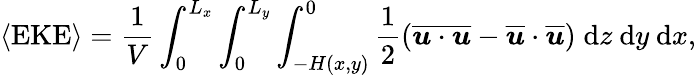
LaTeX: \langle\mathrm{EKE}\rangle=\frac{1}{V}\int_{0}^{L_{x}}\int_{0}^{L_{y}}\int_{-H(x,y)}^{0}\frac{1}{2}\left(\overline{{\boldsymbol{u}\cdot\boldsymbol{u}}}-\overline{{\boldsymbol{u}}}\cdot\overline{{\boldsymbol{u}}}\right)\; \mathrm{d}z\ \mathrm{d}y\ \mathrm{d}x,